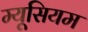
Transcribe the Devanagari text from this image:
म्यूसियम